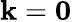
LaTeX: \mathbf k=\mathbf 0